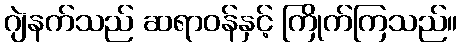
ဂျဲနက်သည် ဆရာဝန်နှင့် ကြိုက်ကြသည်။